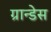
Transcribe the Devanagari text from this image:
ग्रान्डेस